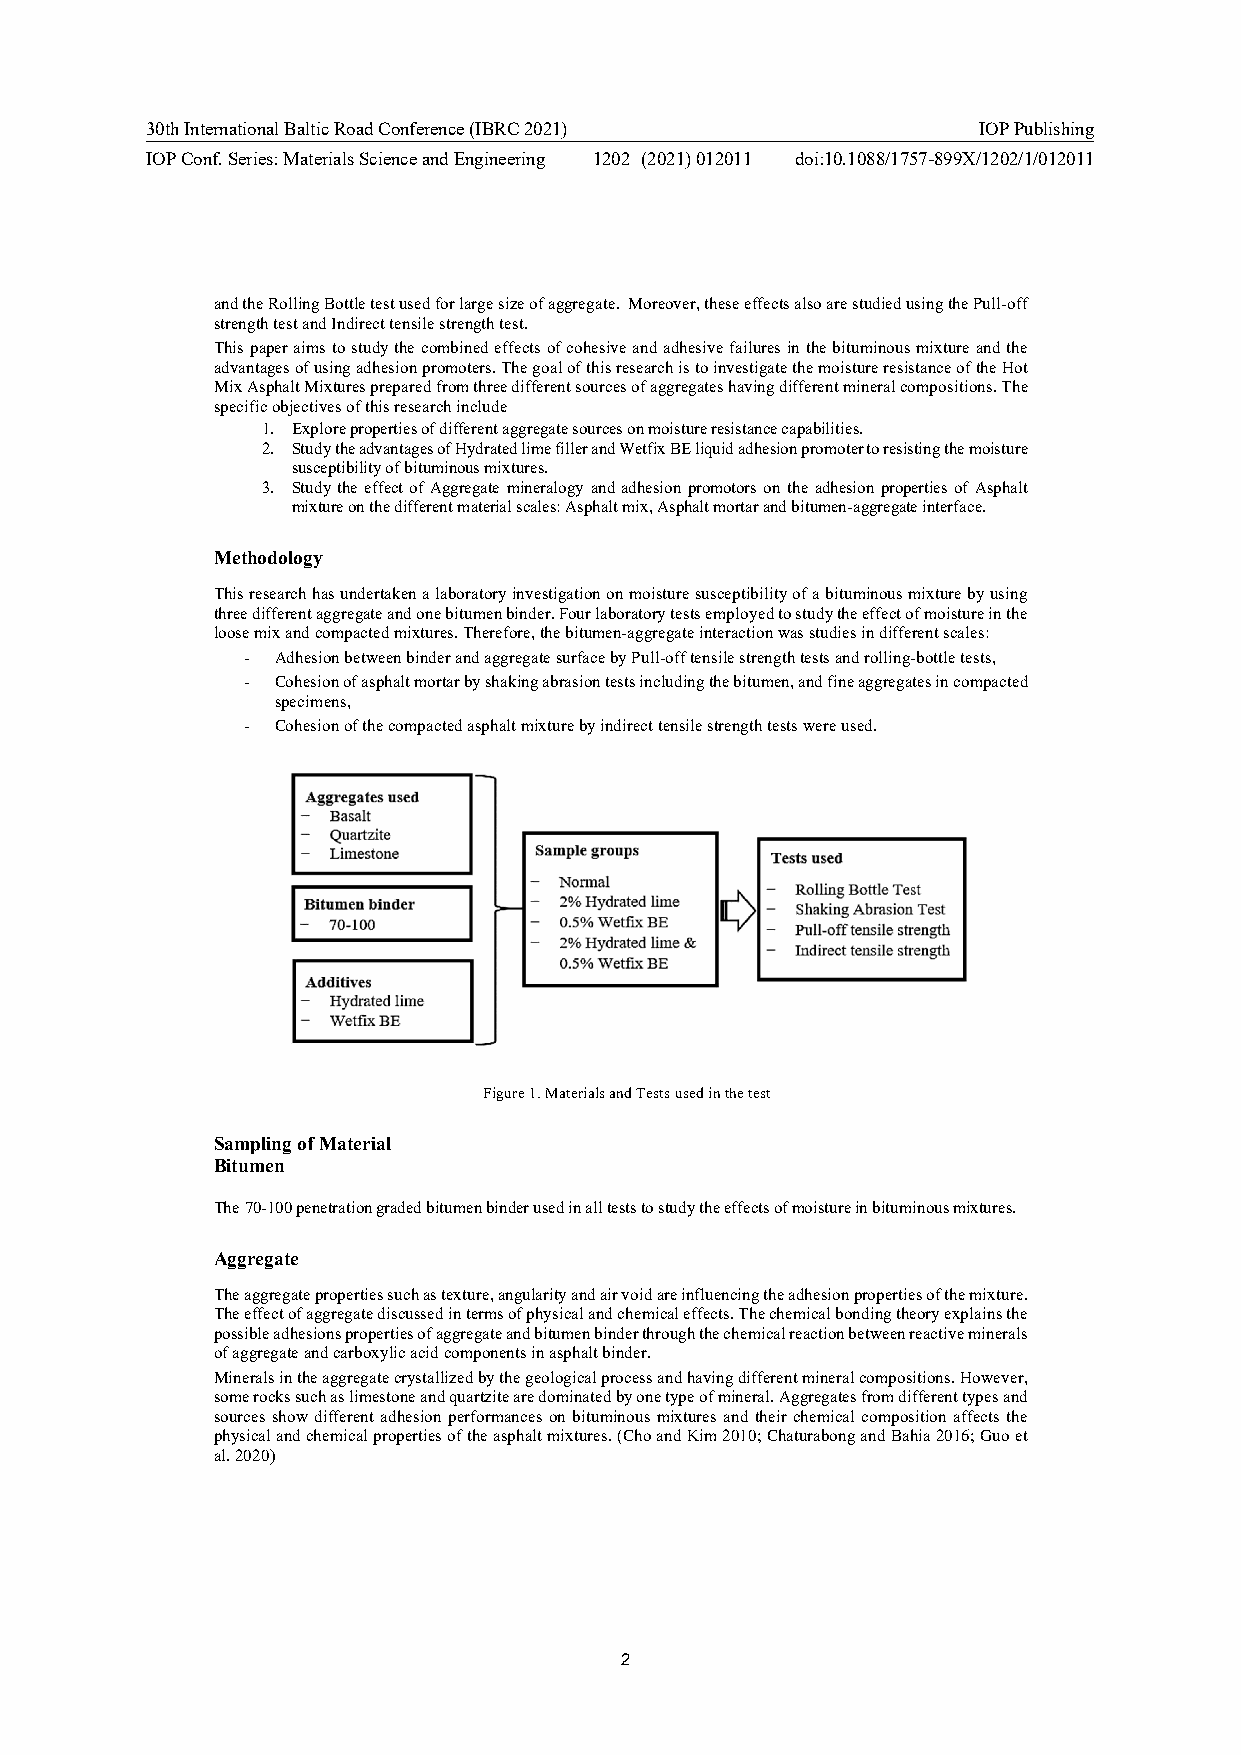
30th International Baltic Road Conference (IBRC 2021)  IOP Publishing
 IOP Conf. Series: Materials Science and Engineering 1202 (2021) 012011 doi:10.1088/1757-899X/1202/1/012011
 and the Rolling Bottle test used for large size of aggregate. Moreover, these effects also are studied using the Pull-off
 strength test and Indirect tensile strength test.
 This paper aims to study the combined effects of cohesive and adhesive failures in the bituminous mixture and the
 advantages of using adhesion promoters. The goal of this research is to investigate the moisture resistance of the Hot
 Mix Asphalt Mixtures prepared from three different sources of aggregates having different mineral compositions. The
 specific objectives of this research include
 1. Explore properties of different aggregate sources on moisture resistance capabilities.
 2. Study the advantages of Hydrated lime filler and Wetfix BE liquid adhesion promoter to resisting the moisture
 susceptibility of bituminous mixtures.
 3. Study the effect of Aggregate mineralogy and adhesion promotors on the adhesion properties of Asphalt
 mixture on the different material scales: Asphalt mix, Asphalt mortar and bitumen-aggregate interface.
 Methodology
 This research has undertaken a laboratory investigation on moisture susceptibility of a bituminous mixture by using
 three different aggregate and one bitumen binder. Four laboratory tests employed to study the effect of moisture in the
 loose mix and compacted mixtures. Therefore, the bitumen-aggregate interaction was studies in different scales:
 - Adhesion between binder and aggregate surface by Pull-off tensile strength tests and rolling-bottle tests,
 - Cohesion of asphalt mortar by shaking abrasion tests including the bitumen, and fine aggregates in compacted
 specimens,
 - Cohesion of the compacted asphalt mixture by indirect tensile strength tests were used.
 Figure 1. Materials and Tests used in the test
 Sampling of Material
 Bitumen
 The 70-100 penetration graded bitumen binder used in all tests to study the effects of moisture in bituminous mixtures.
 Aggregate
 The aggregate properties such as texture, angularity and air void are influencing the adhesion properties of the mixture.
 The effect of aggregate discussed in terms of physical and chemical effects. The chemical bonding theory explains the
 possible adhesions properties of aggregate and bitumen binder through the chemical reaction between reactive minerals
 of aggregate and carboxylic acid components in asphalt binder.
 Minerals in the aggregate crystallized by the geological process and having different mineral compositions. However,
 some rocks such as limestone and quartzite are dominated by one type of mineral. Aggregates from different types and
 sources show different adhesion performances on bituminous mixtures and their chemical composition affects the
 physical and chemical properties of the asphalt mixtures. (Cho and Kim 2010; Chaturabong and Bahia 2016; Guo et
 al. 2020)
 2